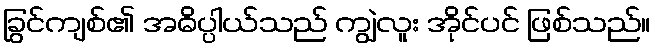
ခြွင်ကျစ်၏ အဓိပ္ပါယ်သည် ကျွဲလူး အိုင်ပင် ဖြစ်သည်။